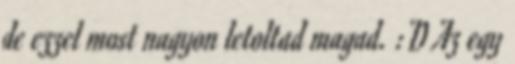
de ezzel most nagyon letoltad magad. :D Az egy